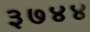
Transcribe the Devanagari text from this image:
३७४४